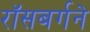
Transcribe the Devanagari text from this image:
रॉसबर्गने